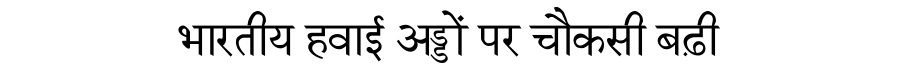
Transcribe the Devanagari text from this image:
भारतीय हवाई अड्डों पर चौकसी बढ़ी